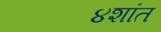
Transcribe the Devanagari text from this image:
४शांत